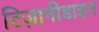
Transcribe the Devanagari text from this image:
टिज़ानीडाइन